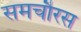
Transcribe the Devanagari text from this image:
समचौरस